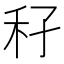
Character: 𥝔